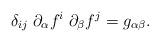
LaTeX: \begin{align*} \delta_{ij}\;\partial_\alpha f^i\;\partial_\beta f^j = g_{\alpha\beta}.\end{align*}